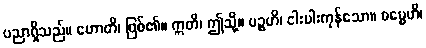
ပညာရှိသည်။ ဟောတိ၊ ဖြစ်၏။ ဣတိ၊ ဤသို့။ ပဉ္စဟိ၊ ငါးပါးကုန်သော။ ဓမ္မေဟိ၊